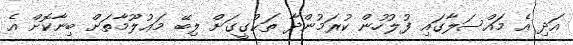
އަދި އެ މައްސަލާގައި ފުލުހުން ކުރަމުންދާ ތަޙުގީގަށް ލިބޭ މަޢުލޫމާތަށް ބިނާކޮށް އެ